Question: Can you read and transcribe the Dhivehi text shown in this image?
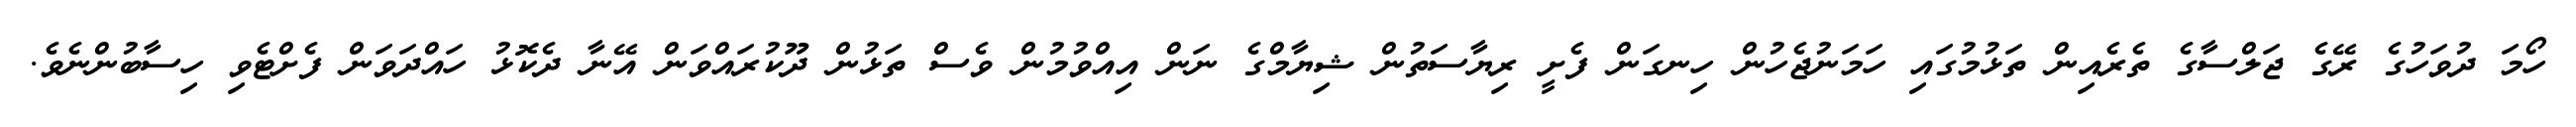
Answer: ހޯމަ ދުވަހުގެ ރޭގެ ޖަލްސާގެ ތެރެއިން ތަޅުމުގައި ހަމަނުޖެހުން ހިނގަން ފެށީ ރިޔާސަތުން ޝިޔާމްގެ ނަން އިއްވުމުން ވެސް ތަޅުން ދޫކުރައްވަން އޭނާ ދެކޮޅު ހައްދަވަން ފެށްޓެވި ހިސާބުންނެވެ.